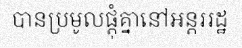
បានប្រមូលផ្តុំគ្នានៅអន្តររដ្ឋ